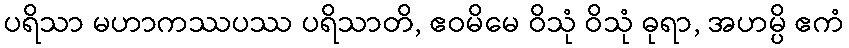
ပရိသာ မဟာကဿပဿ ပရိသာတိ, ဧဝမိမေ ဝိသုံ ဝိသုံ ဓုရာ, အဟမ္ပိ ဧကံ